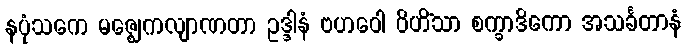
နပုံသကေ မဇ္ဈေကလျာဏတာ ဥဒ္ဒါနံ ဗဟဝေါ ဝိဟိံသာ စက္ခာဒိကော အသင်္ခတာနံ